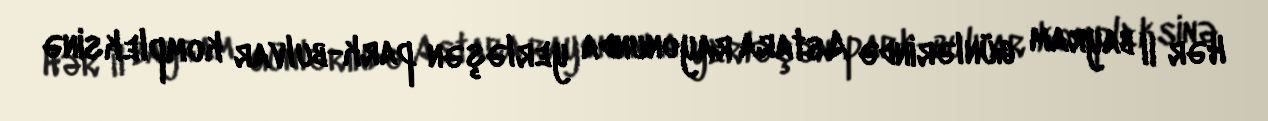
Hər il bayram günlərində Astara rayonunda yerləşən park-bulvar kompleksinə